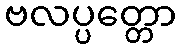
ဗလပ္ပတ္တော